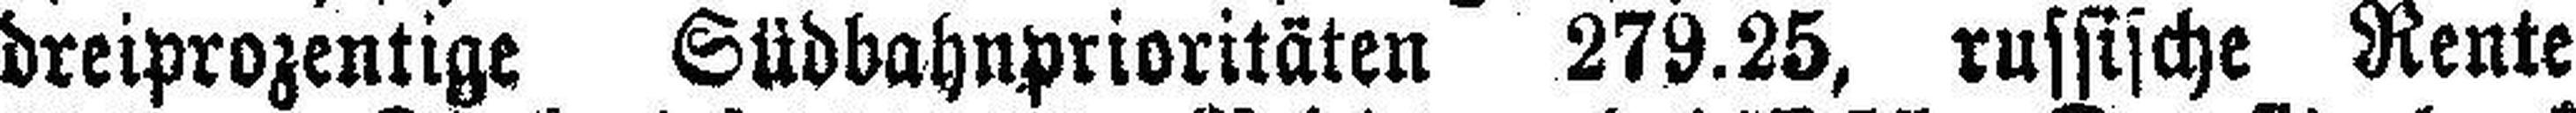
dreiprozentige Südbahnprioritäten 279.25, russische Rente